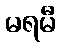
မရမီ